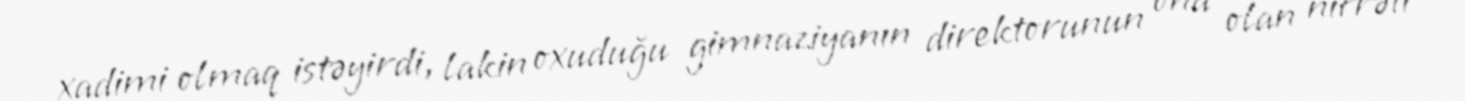
xadimi olmaq istəyirdi, lakin oxuduğu gimnaziyanın direktorunun ona olan nifrəti